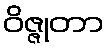
ဝိဇ္ဇုတာ